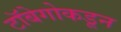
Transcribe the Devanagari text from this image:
टॉबेगोकडून